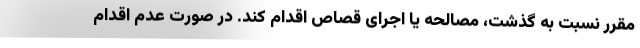
مقرر نسبت به گذشت، مصالحه یا اجرای قصاص اقدام کند. در صورت عدم اقدام